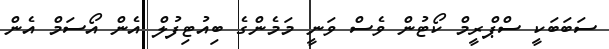
ސަބަބަކީ ސްޕްރީމް ކޯޓުން ވެސް ވަނީ މަމެންގެ ބިއުޓިފުލް އެން އޯސަމް އެން